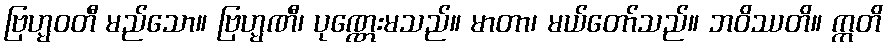
ဗြဟ္မဝတီ မည်သော။ ဗြဟ္မဏီ၊ ပုဏ္ဏေးမသည်။ မာတာ၊ မယ်တော်သည်။ ဘဝိဿတိ။ ဣတိ